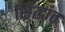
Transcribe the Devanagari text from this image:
सि्द्धांत